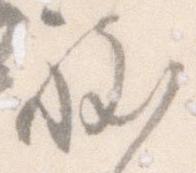
程